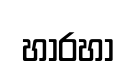
හාරහා